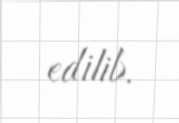
edilib.